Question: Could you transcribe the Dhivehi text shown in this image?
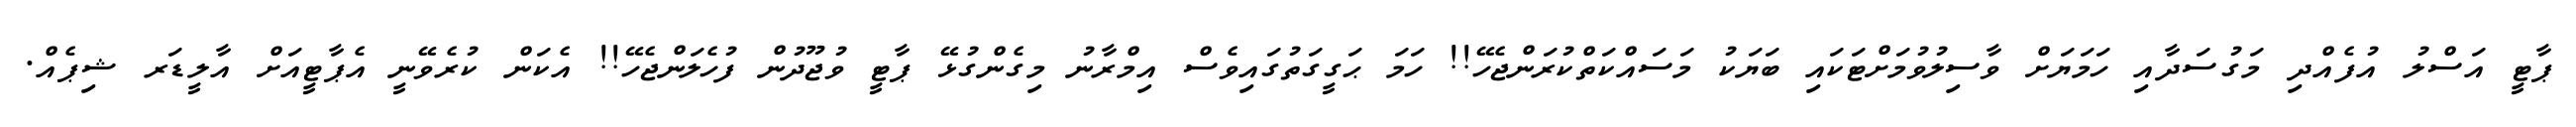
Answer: ޕާޓީ އަސްލު އުފެއްދި މަގުސަދާއި ހަމަޔަށް ވާސިލުވުމަށްޓަކައި ބަޔަކު މަސައްކަތްކުރަންޖެހޭ!! ހަމަ ޙަގީގަތުގައިވެސް އިމްރާނު މިގެންގުޅޭ ޕާޓީ ވުޖޫދުން ފުހެލަންޖެހޭ!! އެކަން ކުރެވޭނީ އެޕާޓީއަށް އާލީޑަރ ޝިޕެއް.